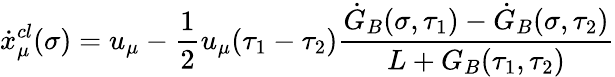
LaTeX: \dot{x}_{\mu}^{cl}(\sigma)=u_{\mu}-{\frac{1}{2}}u_{\mu}(\tau_{1}-\tau_{2})\frac{\dot{G}_{B}(\sigma,\tau_{1})-\dot{G}_{B}(\sigma,\tau_{2})}{L+G_{B}(\tau_{1},\tau_{2})}